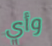
وأي